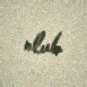
olub.